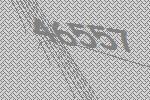
46557